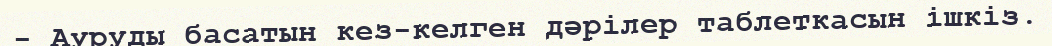
- Ауруды басатын кез-келген дәрілер таблеткасын ішкіз.